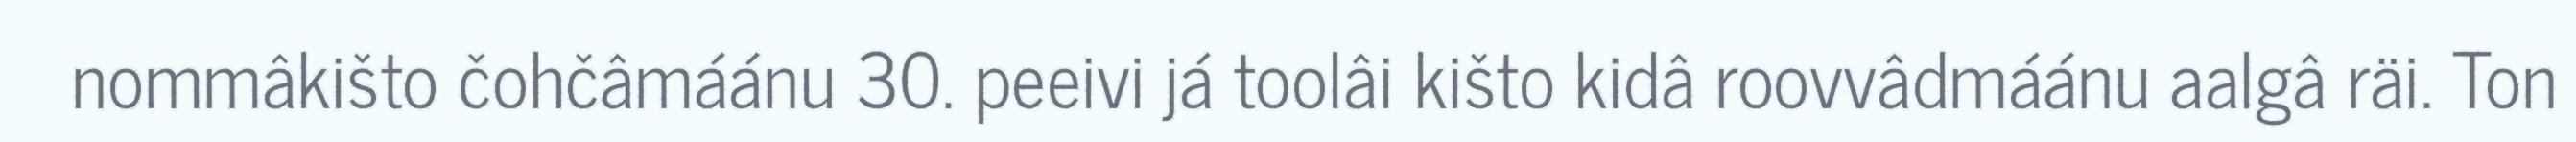
nommâkišto čohčâmáánu 30. peeivi já toolâi kišto kidâ roovvâdmáánu aalgâ räi. Ton